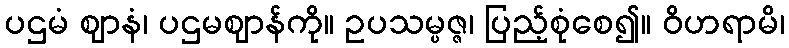
ပဌမံ ဈာနံ၊ ပဌမဈာန်ကို။ ဥပသမ္ပဇ္ဇ၊ ပြည့်စုံစေ၍။ ဝိဟရာမိ၊